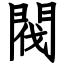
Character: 閥